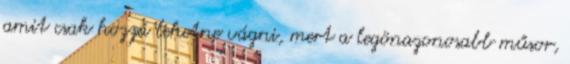
amit csak hozzá lehetne vágni, mert a legönazonosabb műsor,